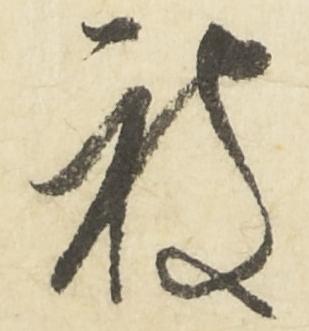
被